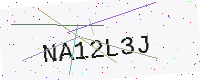
Text: NA12L3J